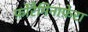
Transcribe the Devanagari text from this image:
फ़ोरैमिनाफ़ेरा